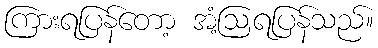
ကြားရပြန်တော့ အံ့ဩရပြန်သည်။